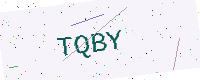
Text: TQBY